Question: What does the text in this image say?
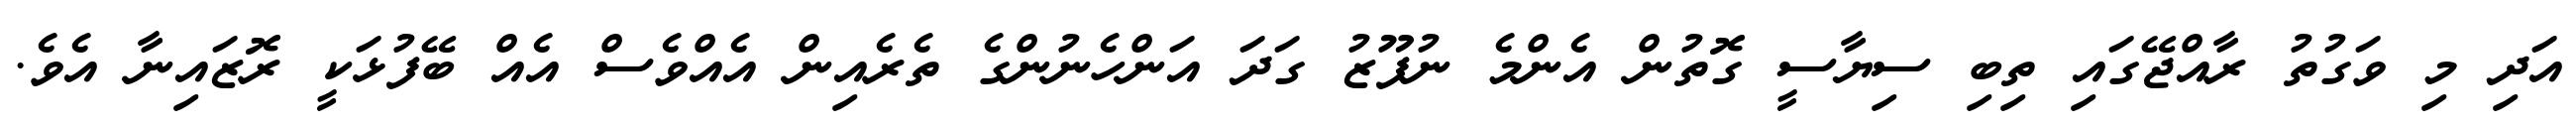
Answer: އަދި މި ވަގުތު ރާއްޖޭގައި ތިބި ސިޔާސީ ގޮތުން އެންމެ ނުފޫޒު ގަދަ އަންހެނުންގެ ތެރެއިން އެއްވެސް އެއް ބޭފުޅަކީ ރޮޒައިނާ އެވެ.